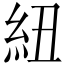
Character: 紐